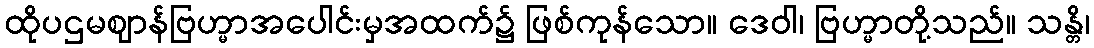
ထိုပဌမဈာန်ဗြဟ္မာအပေါင်းမှအထက်၌ ဖြစ်ကုန်သော။ ဒေဝါ၊ ဗြဟ္မာတို့သည်။ သန္တိ၊